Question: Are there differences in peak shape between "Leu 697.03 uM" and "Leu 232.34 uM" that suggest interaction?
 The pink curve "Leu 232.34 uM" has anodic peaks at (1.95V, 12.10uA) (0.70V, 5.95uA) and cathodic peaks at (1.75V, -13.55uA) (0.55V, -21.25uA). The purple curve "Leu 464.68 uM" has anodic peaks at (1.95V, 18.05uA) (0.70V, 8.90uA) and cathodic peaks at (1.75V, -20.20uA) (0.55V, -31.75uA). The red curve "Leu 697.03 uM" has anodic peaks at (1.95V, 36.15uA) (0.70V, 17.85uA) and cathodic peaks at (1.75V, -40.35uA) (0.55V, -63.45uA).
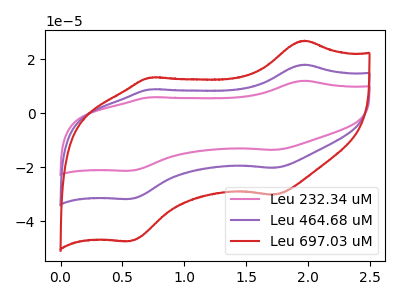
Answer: <think>All the peaks in "Leu 697.03 uM" have a peak in "Leu 232.34 uM" at the same potential. Every peak in "Leu 697.03 uM" is higher than every peak in "Leu 232.34 uM".
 </think>
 <answer>No, "Leu 697.03 uM" and "Leu 232.34 uM" don't appear to be significantly different in shape</answer>
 <eval>no_change</eval>